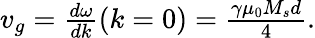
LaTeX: \begin{array}{r}{v_{g}=\frac{d\omega}{dk}(k=0)=\frac{\gamma\mu_{0}M_{s}d}{4}.}\end{array}